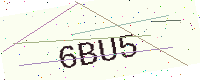
Text: 6BU5